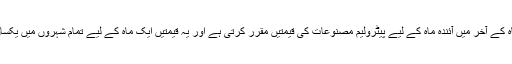
وزارت توانائی ہر ماہ کے آخر میں آئندہ ماہ کے لیے پیٹرولیم مصنوعات کی قیمتیں مقرر کرتی ہے اور یہ قیمتیں ایک ماہ کے لیے تمام شہروں میں یکساں لاگو کی جاتی ہیں۔